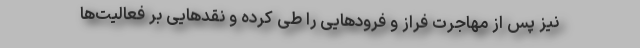
نیز پس از مهاجرت فراز و فرودهایی را طی کرده و نقدهایی بر فعالیت‌ها